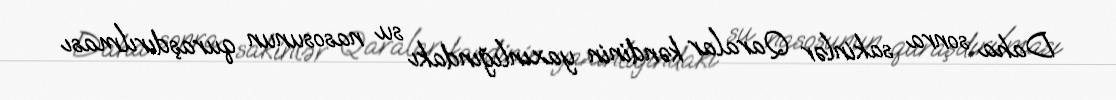
Daha sonra sakinlər Qaralar kəndinin yaxınlığındakı su nasosunun quraşdırılması